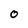
Character: O